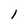
Character: 1